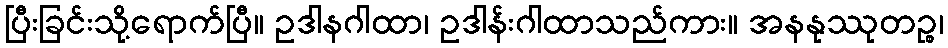
ပြီးခြင်းသို့ရောက်ပြီ။ ဥဒါနဂါထာ၊ ဥဒါန်းဂါထာသည်ကား။ အနနုဿုတဉ္စ၊